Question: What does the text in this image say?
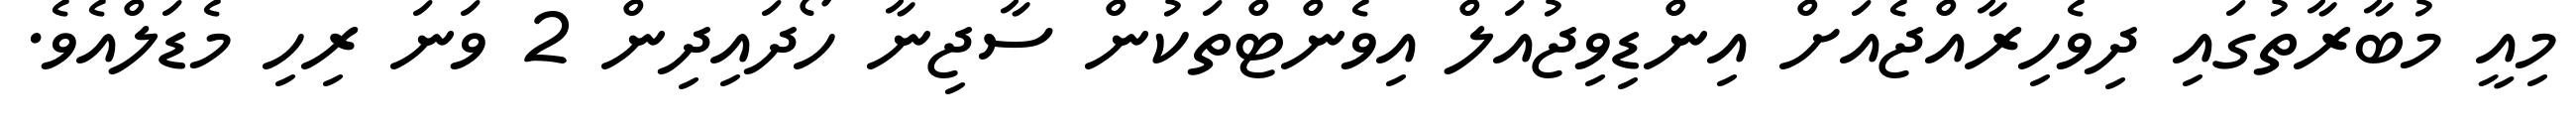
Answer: މިއީ މުބާރާތުގައި ދިވެހިރާއްޖެއަށް އިންޑިވިޖުއަލް އިވެންޓްތަކުން ސާޖިނާ ހޯދައިދިން 2 ވަނަ ރިހި މެޑަލްއެވެ.